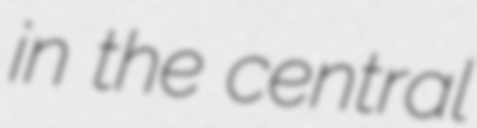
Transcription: in the central